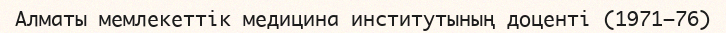
Алматы мемлекеттік медицина институтының доценті (1971–76)